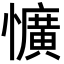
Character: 懭